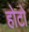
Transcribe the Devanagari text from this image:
होटो